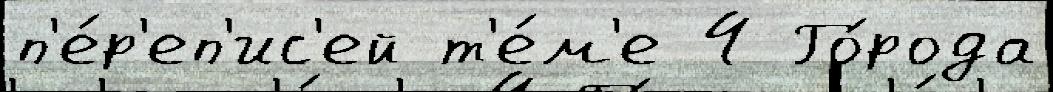
п'е́р'еп'ис'ей т'е́м'е 4 Го́рода